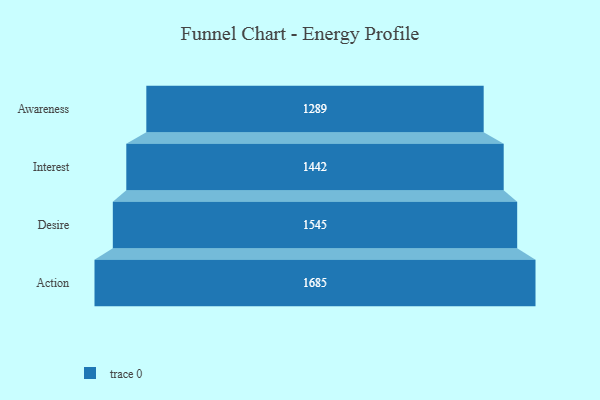
{"axis": {"x": "Stage", "y": "Value"}, "legend": [""], "data": [{"x": "Awareness", "y": 1289.0, "type": ""}, {"x": "Interest", "y": 1442.0, "type": ""}, {"x": "Desire", "y": 1545.0, "type": ""}, {"x": "Action", "y": 1685.0, "type": ""}]}